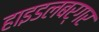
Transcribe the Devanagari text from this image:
हाइडलबर्गर